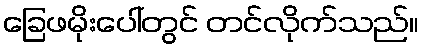
ခြေဖမိုးပေါ်တွင် တင်လိုက်သည်။